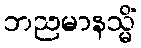
ဘညမာနသ္မိံ